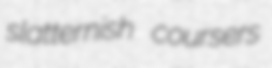
slatternish coursers